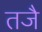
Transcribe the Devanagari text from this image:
तजै